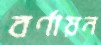
বর্ণায়ন